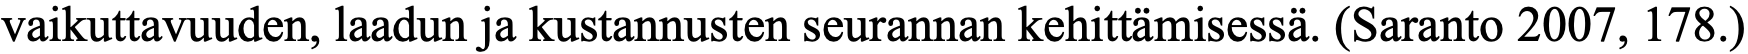
vaikuttavuuden, laadun ja kustannusten seurannan kehittämisessä. (Saranto 2007, 178.)